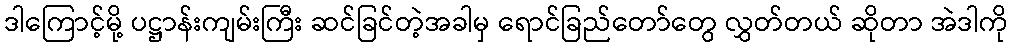
ဒါကြောင့်မို့ ပဋ္ဌာန်းကျမ်းကြီး ဆင်ခြင်တဲ့အခါမှ ရောင်ခြည်တော်တွေ လွှတ်တယ် ဆိုတာ အဲဒါကို